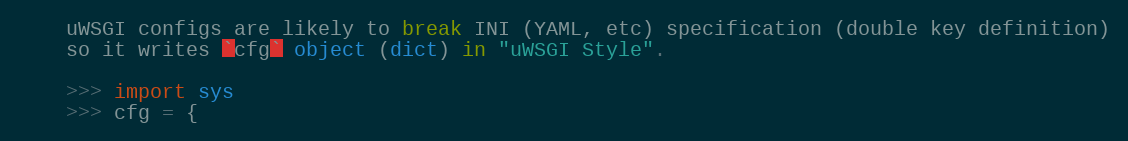
Language: Python
    uWSGI configs are likely to break INI (YAML, etc) specification (double key definition)
    so it writes `cfg` object (dict) in "uWSGI Style".

    >>> import sys
    >>> cfg = {